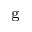
_ \mathrm { g }